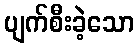
ပျက်စီးခဲ့သော